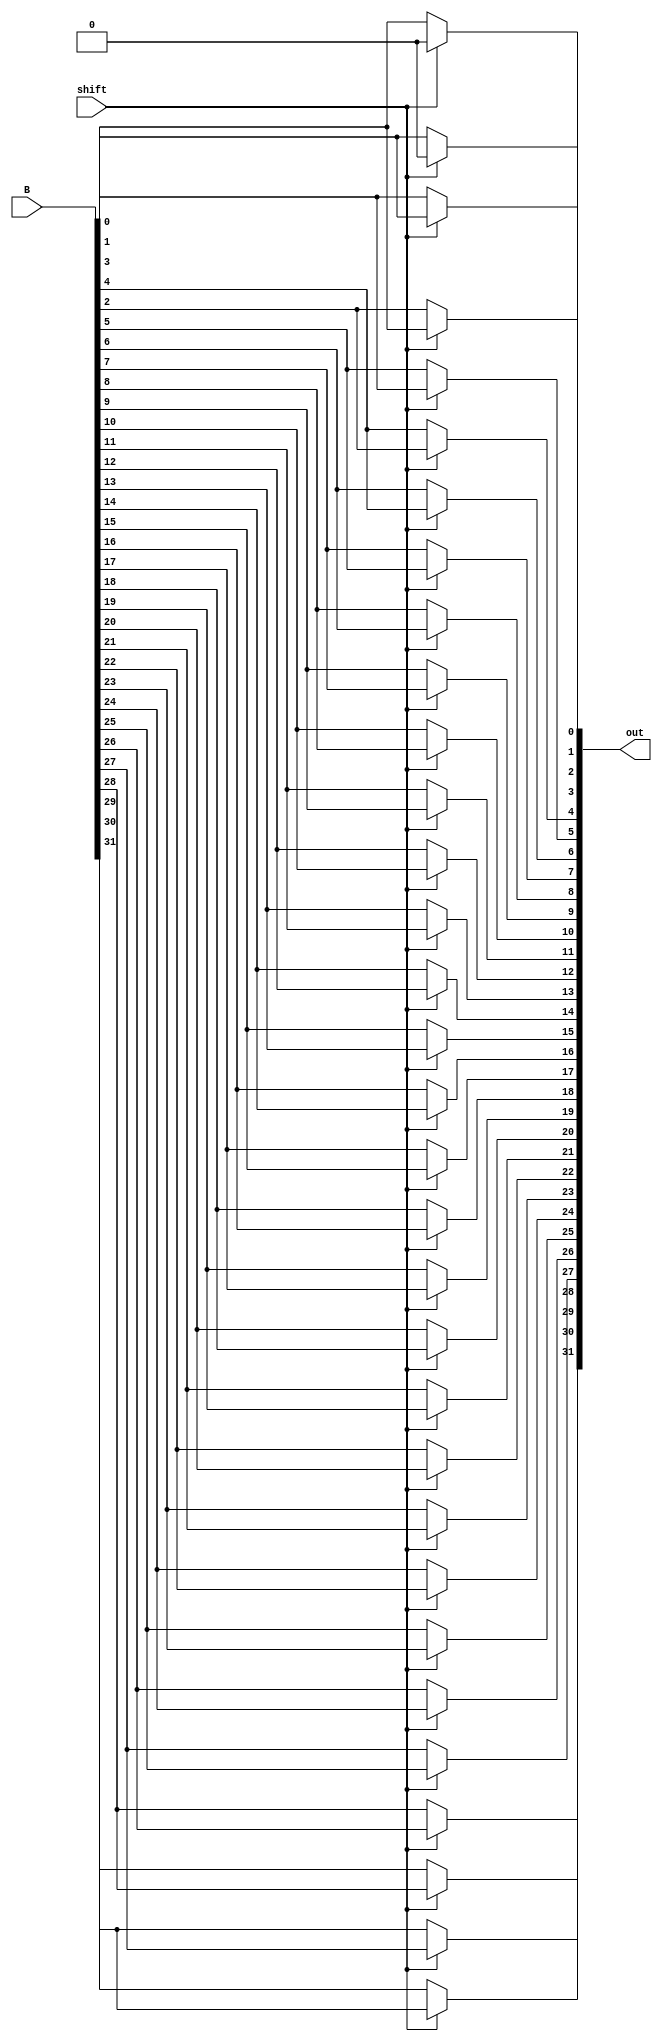
module SLL_2bit  (B, shift, out);
	input[31:0] B;
	input shift;
	output[31:0] out;
	
	genvar i;
	generate
		for (i=0; i<32; i=i+1) begin:mux
			if (i<2)
				assign out[i] = (shift == 0) ? B[i] : 0;
			else
				assign out[i] = (shift == 0) ? B[i] : B[i-2];
		end
	endgenerate
	
endmodule